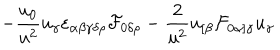
- { \frac { u _ { 0 } } { u ^ { 2 } } } u _ { \gamma } \varepsilon _ { \alpha \beta \gamma \delta \rho } { \cal F } _ { 0 \delta \rho } - { \frac { 2 } { u ^ { 2 } } } u _ { [ \beta } { \cal F } _ { 0 \alpha ] \gamma } u _ { \gamma }